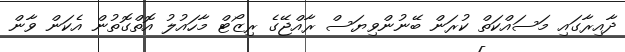
ދާއިރާގައި މަސައްކަތް ކުރަން ބޭނުންވިޔަސް ރާއްޖޭގެ ރިޒޯޓް މާހައުލު އޮތްގޮތުން އެކަން ވާން